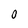
Character: 0